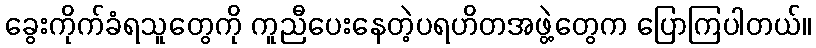
ခွေးကိုက်ခံရသူတွေကို ကူညီပေးနေတဲ့ပရဟိတအဖွဲ့တွေက ပြောကြပါတယ်။